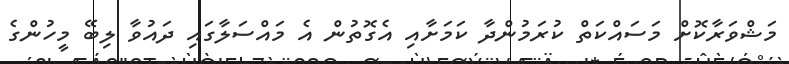
މަޝްވަރާކޮށް މަސައްކަތް ކުރަމުންދާ ކަމަށާއި އެގޮތުން އެ މައްސަލާގައި ދައުވާ ލިބޭ މީހުންގެ